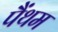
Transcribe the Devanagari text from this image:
पैंथम